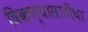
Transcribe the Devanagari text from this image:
विकण्यासाठीचा